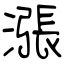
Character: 漲